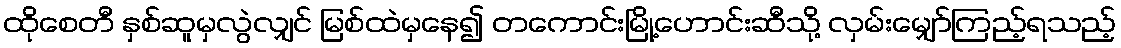
ထိုစေတီ နှစ်ဆူမှလွဲလျှင် မြစ်ထဲမှနေ၍ တကောင်းမြို့ဟောင်းဆီသို့ လှမ်းမျှော်ကြည့်ရသည့်